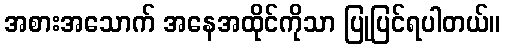
အစားအသောက် အနေအထိုင်ကိုသာ ပြုပြင်ရပါတယ်။